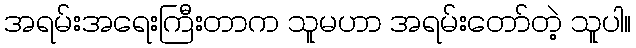
အရမ်းအရေးကြီးတာက သူမဟာ အရမ်းတော်တဲ့ သူပါ။